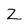
Character: Z